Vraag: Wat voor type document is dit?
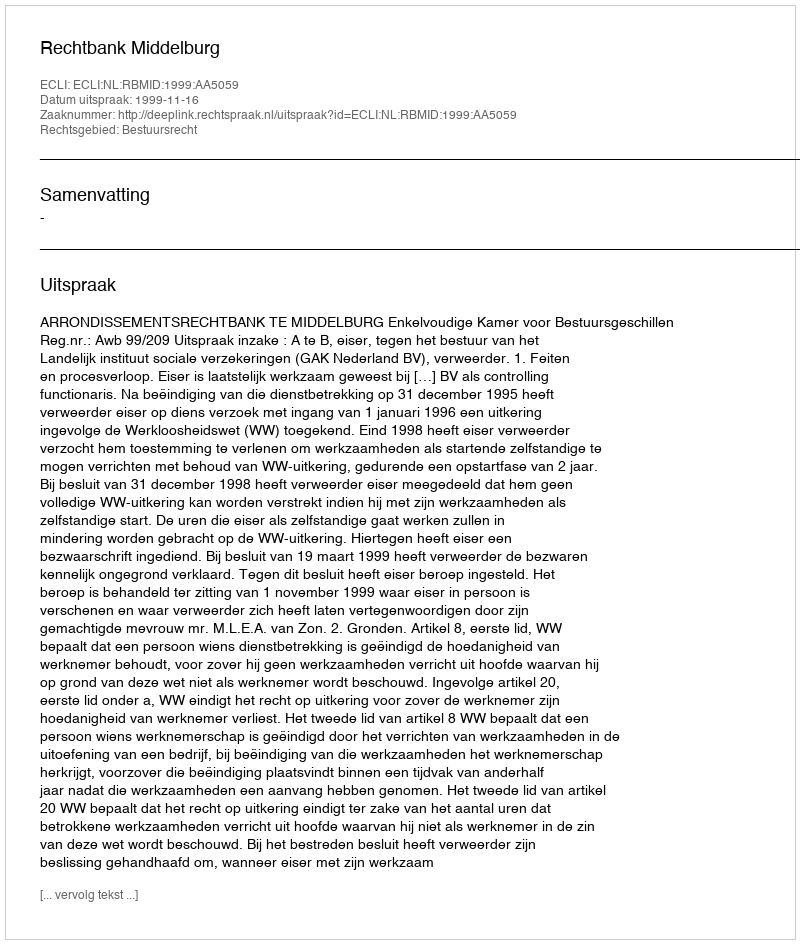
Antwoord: Uitspraak